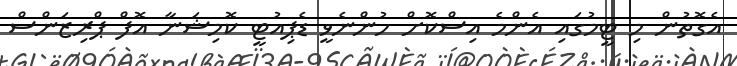
އެގޮތުން މި ޓީމުގައި އެންމެ އިސްކޮށް ހުންނެވީ ޑެޕިއުޓީ ކޮމިޝަނާ އޮފް ޕްރިޒަންސް